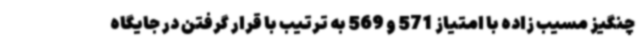
چنگیز مسیب زاده با امتیاز 571 و 569 به ترتیب با قرار گرفتن در جایگاه